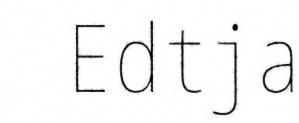
Edtja